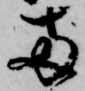
両